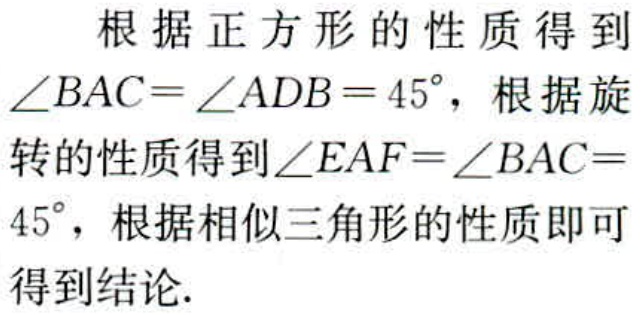
根据正方形的性质得到$\angle BAC = \angle ADB = 45^{\circ}$，根据旋转的性质得到$\angle EAF=\angle BAC = 45^{\circ}$，根据相似三角形的性质即可得到结论.